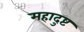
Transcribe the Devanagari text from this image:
महादुष्ट